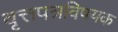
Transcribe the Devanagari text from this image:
वृत्तपत्रविषयक